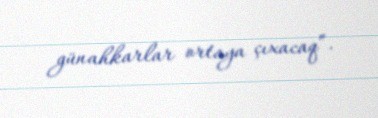
günahkarlar ortaya çıxacaq”.